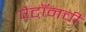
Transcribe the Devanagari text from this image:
पेटॉनची